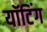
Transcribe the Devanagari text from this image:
यॉटिंग